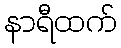
နာရီထက်